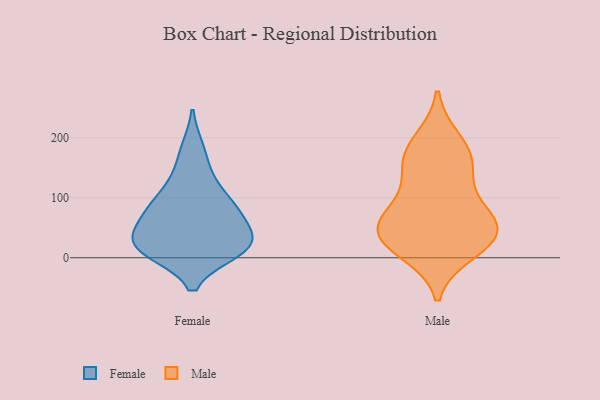
{"axis": {"x": "Conversion Rate (%)", "y": "Value"}, "legend": ["Female", "Male"], "data": [{"x": "", "y": 104, "type": "Female"}, {"x": "", "y": 80, "type": "Female"}, {"x": "", "y": 17, "type": "Female"}, {"x": "", "y": 51, "type": "Female"}, {"x": "", "y": 138, "type": "Female"}, {"x": "", "y": 31, "type": "Female"}, {"x": "", "y": 11, "type": "Female"}, {"x": "", "y": 81, "type": "Female"}, {"x": "", "y": 77, "type": "Female"}, {"x": "", "y": 16, "type": "Female"}, {"x": "", "y": 24, "type": "Female"}, {"x": "", "y": 181, "type": "Female"}, {"x": "", "y": 17, "type": "Female"}, {"x": "", "y": 39, "type": "Male"}, {"x": "", "y": 81, "type": "Male"}, {"x": "", "y": 38, "type": "Male"}, {"x": "", "y": 151, "type": "Male"}, {"x": "", "y": 151, "type": "Male"}, {"x": "", "y": 25, "type": "Male"}, {"x": "", "y": 11, "type": "Male"}, {"x": "", "y": 174, "type": "Male"}, {"x": "", "y": 195, "type": "Male"}, {"x": "", "y": 86, "type": "Male"}, {"x": "", "y": 50, "type": "Male"}, {"x": "", "y": 48, "type": "Male"}]}